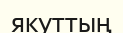
якуттың